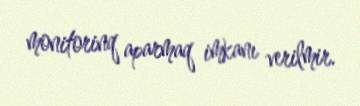
monitorinq aparmaq imkanı verilmir.